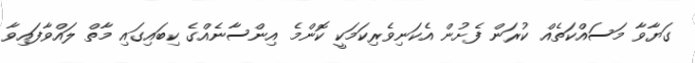
ގަޔާވާ މަސައްކަތެއް ކުރަން ފެށުން އެކަނިވެރިކަމަކީ ކޮންމެ އިންސާނެއްގެ ކިބައިގައި މާތް ލައްވާފައިވާ